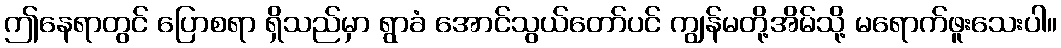
ဤနေရာတွင် ပြောစရာ ရှိသည်မှာ ရွာခံ အောင်သွယ်တော်ပင် ကျွန်မတို့အိမ်သို့ မရောက်ဖူးသေးပါ။